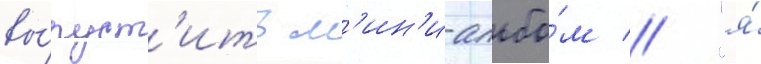
вы́пуст'ить м'ин'и-альбо́м // "я́